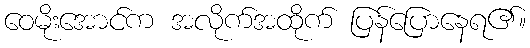
ဝေမိုးအောင်က အလိုက်အထိုက် ပြန်ပြောနေရ၏။